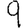
Digit: 9